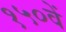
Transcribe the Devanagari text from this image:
१५०वें